Report on the working of the Ranchi Indian Mental Hospital, Kanke, in Bihar and Orissa - 1930-1940
Year: 1930
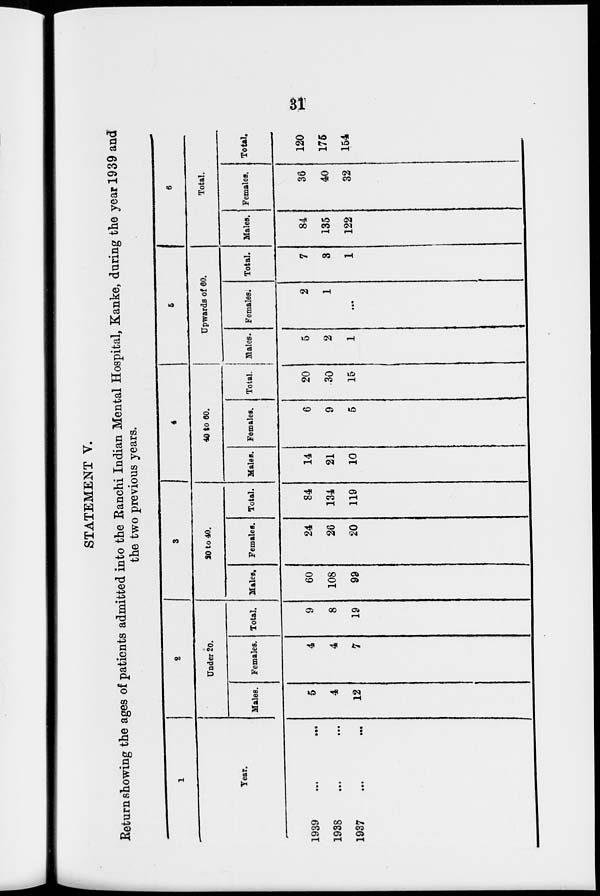
31
STATEMENT V.
Return showing the ages of patients admitted into the Ranchi Indian Mental Hospital, Kanke, during the year 1939 and
the two previous years.
1
Year.
1939
...
...
1938
...
...
1937 ... ...
2
Under 20.
Males.
5
4
12
Females.
4
4
7
Total.
9
8
19
3
20 to 40.
Males.
60
108
99
Females.
24
26
20
Total.
84
134
119
4
40 to 60.
Males.
14
21
10
Females.
6
9
5
Total.
20
30
15
5
Upwards of 60.
Males.
5
2
1
Females.
2
1
...
Total.
7
3
1
6
Total.
Males.
84
135
122
Females.
36
40
32
Total.
120
175
154